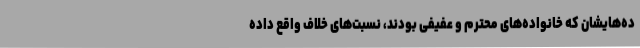
ده‌هایشان که خانواده‌های محترم و عفیفی بودند، نسبت‌های خلاف واقع داده